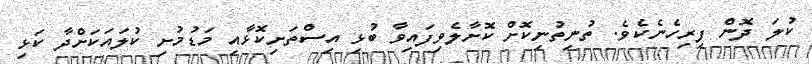
ކުލަ ދޮން ފިރިހެނެކެވެ. ތުނިތުނިކޮށް ކޮށާލެވިފައިވާ ބުޅި އިސްތަށިކޮޅާއި މަޑުމުށި ކުލައަކަށްދާ ކަޅި